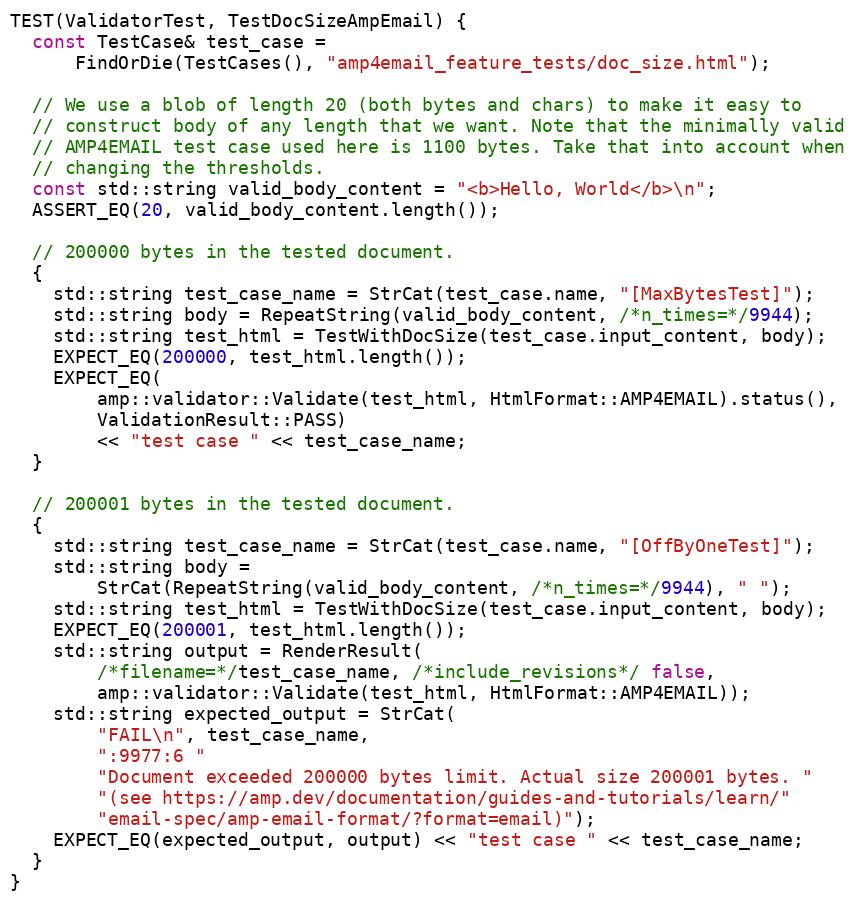
Language: C++
TEST(ValidatorTest, TestDocSizeAmpEmail) {
  const TestCase& test_case =
      FindOrDie(TestCases(), "amp4email_feature_tests/doc_size.html");

  // We use a blob of length 20 (both bytes and chars) to make it easy to
  // construct body of any length that we want. Note that the minimally valid
  // AMP4EMAIL test case used here is 1100 bytes. Take that into account when
  // changing the thresholds.
  const std::string valid_body_content = "<b>Hello, World</b>\n";
  ASSERT_EQ(20, valid_body_content.length());

  // 200000 bytes in the tested document.
  {
    std::string test_case_name = StrCat(test_case.name, "[MaxBytesTest]");
    std::string body = RepeatString(valid_body_content, /*n_times=*/9944);
    std::string test_html = TestWithDocSize(test_case.input_content, body);
    EXPECT_EQ(200000, test_html.length());
    EXPECT_EQ(
        amp::validator::Validate(test_html, HtmlFormat::AMP4EMAIL).status(),
        ValidationResult::PASS)
        << "test case " << test_case_name;
  }

  // 200001 bytes in the tested document.
  {
    std::string test_case_name = StrCat(test_case.name, "[OffByOneTest]");
    std::string body =
        StrCat(RepeatString(valid_body_content, /*n_times=*/9944), " ");
    std::string test_html = TestWithDocSize(test_case.input_content, body);
    EXPECT_EQ(200001, test_html.length());
    std::string output = RenderResult(
        /*filename=*/test_case_name, /*include_revisions*/ false,
        amp::validator::Validate(test_html, HtmlFormat::AMP4EMAIL));
    std::string expected_output = StrCat(
        "FAIL\n", test_case_name,
        ":9977:6 "
        "Document exceeded 200000 bytes limit. Actual size 200001 bytes. "
        "(see https://amp.dev/documentation/guides-and-tutorials/learn/"
        "email-spec/amp-email-format/?format=email)");
    EXPECT_EQ(expected_output, output) << "test case " << test_case_name;
  }
}